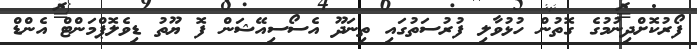
ފޯރުކޮށްދިނުމުގެ ގޮތުން ހުޅުވާލި ފުރުސަތުގައި ތިނަދޫ އެސޯސިއޭޝަން ފޮ ޔޫތު ޑިވެލޮޕްމަންޓް އެންޑް